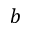
b